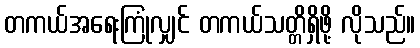
တကယ်အရေးကြုံလျှင် တကယ်သတ္တိရှိဖို့ လိုသည်။